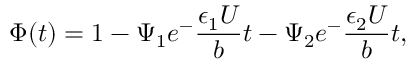
\Phi ( t ) = 1 - \Psi _ { 1 } e ^ { - } \frac { \epsilon _ { 1 } U } { b } t - \Psi _ { 2 } e ^ { - } \frac { \epsilon _ { 2 } U } { b } t ,